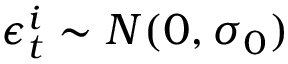
\epsilon _ { t } ^ { i } \sim N ( 0 , \sigma _ { 0 } )